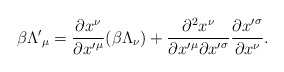
\begin{align*}\beta{\Lambda'}_\mu = \frac{\partial x^\nu}{\partial {x'}^\mu} (\beta\Lambda_\nu) + \frac{\partial^2 x^\nu}{{\partial {x'}^\mu}{\partial{x'}^\sigma}} \frac{\partial {x'}^\sigma}{\partial x^\nu}.\end{align*}